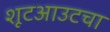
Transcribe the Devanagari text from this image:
शूटआउटचा